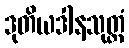
ဒုတိယဒါနသုတ္တံ